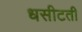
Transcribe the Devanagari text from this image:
धसीटती